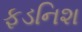
ફડનિશ